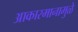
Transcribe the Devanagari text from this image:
आकारमानामुळे